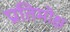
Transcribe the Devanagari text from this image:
प्रतिमोक्ष